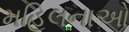
મહિલનાઓ